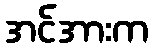
အင်အားက